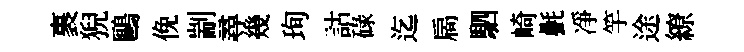
裹猊鷗俛剬尋幾珣詁碌迄扄駟崎㲲凈竽途繚